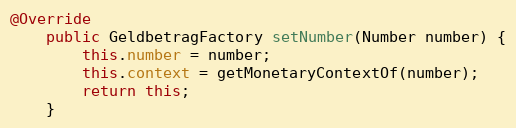
Language: Java
@Override
    public GeldbetragFactory setNumber(Number number) {
        this.number = number;
        this.context = getMonetaryContextOf(number);
        return this;
    }